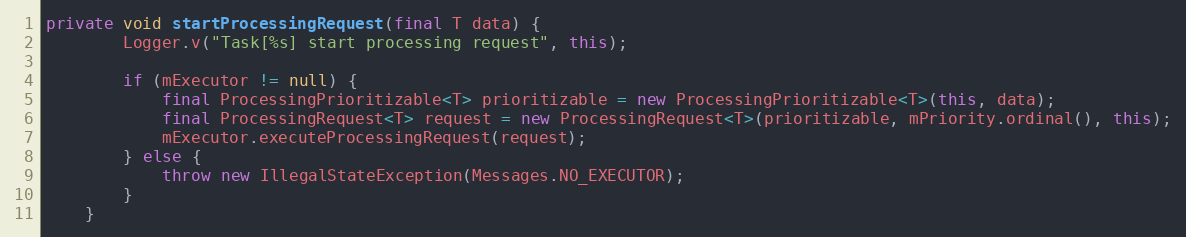
Language: Java
private void startProcessingRequest(final T data) {
        Logger.v("Task[%s] start processing request", this);

        if (mExecutor != null) {
            final ProcessingPrioritizable<T> prioritizable = new ProcessingPrioritizable<T>(this, data);
            final ProcessingRequest<T> request = new ProcessingRequest<T>(prioritizable, mPriority.ordinal(), this);
            mExecutor.executeProcessingRequest(request);
        } else {
            throw new IllegalStateException(Messages.NO_EXECUTOR);
        }
    }